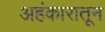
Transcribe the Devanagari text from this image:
अहंकारातून